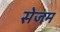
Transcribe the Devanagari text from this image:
सेजम